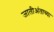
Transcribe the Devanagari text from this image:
जातीअंताच्या